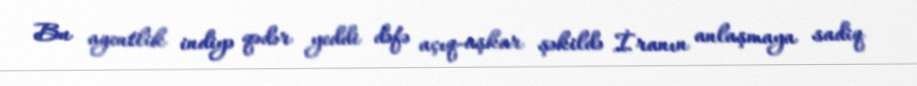
Bu agentlik indiyə qədər yeddi dəfə açıq-aşkar şəkildə İranın anlaşmaya sadiq